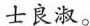
士良淑。